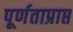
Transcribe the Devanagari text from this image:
पूर्णताप्राप्त